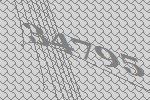
34795